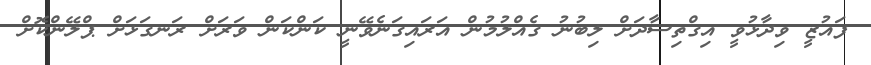
ފައުޒީ ވިދާޅުވީ އިގްތިސާދަށް ލިބުނު ގެއްލުމުން އަރައިގަނެވޭނީ ކަންކަން ވަރަށް ރަނގަޅަށް ޕްލޭންކޮށް